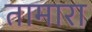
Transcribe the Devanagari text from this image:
तामारा